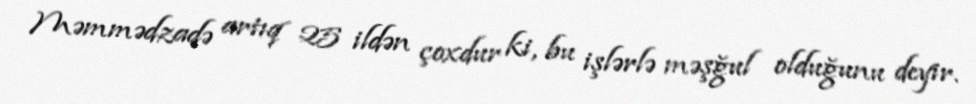
Məmmədzadə artıq 25 ildən çoxdur ki, bu işlərlə məşğul olduğunu deyir.